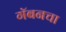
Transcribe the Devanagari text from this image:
गॅबनचा